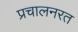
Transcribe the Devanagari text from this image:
प्रचालनरत